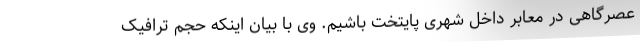
عصرگاهی در معابر داخل شهری پایتخت باشیم. وی با بیان اینکه حجم ترافیک